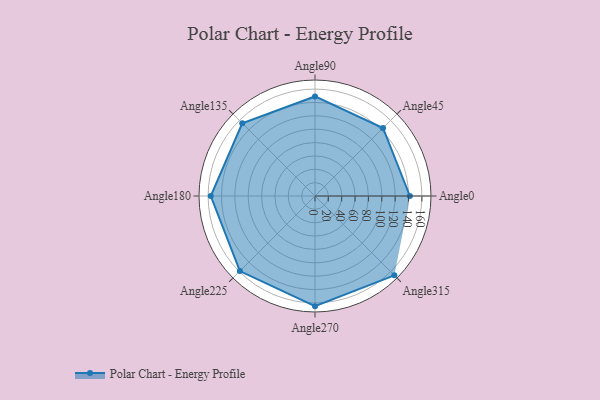
{"axis": {"x": "Angle", "y": "Radius"}, "legend": [""], "data": [{"x": "Angle0", "y": 142.0, "type": ""}, {"x": "Angle45", "y": 144.0, "type": ""}, {"x": "Angle90", "y": 149.0, "type": ""}, {"x": "Angle135", "y": 154.0, "type": ""}, {"x": "Angle180", "y": 156.0, "type": ""}, {"x": "Angle225", "y": 159.0, "type": ""}, {"x": "Angle270", "y": 165.0, "type": ""}, {"x": "Angle315", "y": 168.0, "type": ""}]}